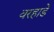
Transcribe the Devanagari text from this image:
वरहाडे